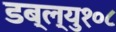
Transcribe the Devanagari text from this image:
डब्ल्यु१०८